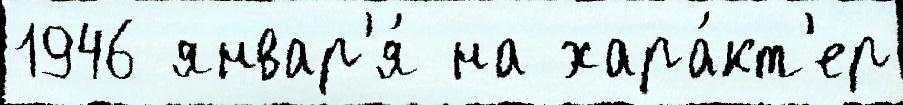
1946 январ'я́ на хара́кт'ер